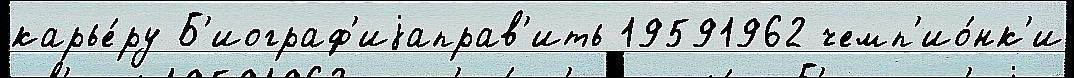
карье́ру Б'иограф'иjаправ'ить 19591962 чемп'ио́нк'и